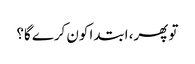
تو پھر، ابتدا کون کرے گا؟